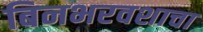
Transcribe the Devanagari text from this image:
बिनभरवशाचा